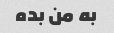
به من بده